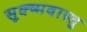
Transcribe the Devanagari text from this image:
सूक्ष्मवास्तु